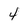
Character: 4